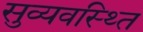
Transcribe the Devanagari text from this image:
सुव्यवस्थ्ति